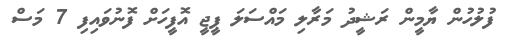
ފުލުހުން ޔާމީން ރަޝީދު މަރާލި މައްސަލަ ޕީޖީ އޮފީހަށް ފޮނުވައިފި 7 މަސް